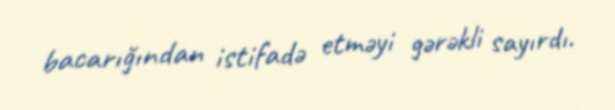
bacarığından istifadə etməyi gərəkli sayırdı.